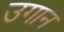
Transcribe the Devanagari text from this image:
उगान